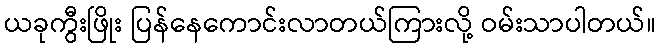
ယခုကွီးဖြိုး ပြန်နေကောင်းလာတယ်ကြားလို့ ဝမ်းသာပါတယ်။